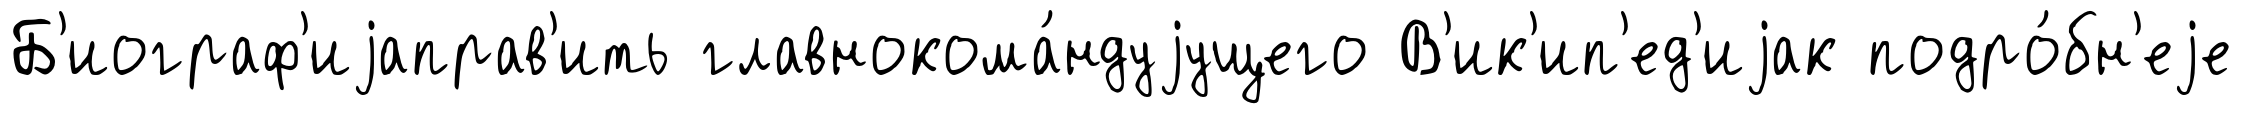
Б'иограф'иjаправ'ить главнокома́ндуjущего В'ик'ип'ед'иjак подро́бн'еjе